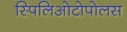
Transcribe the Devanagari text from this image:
स्पिलिओटोपोलस